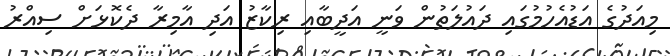
މިއަދުގެ އަޑުއެހުމުގައި ދައުލަތުން ވަނީ އަދީބާއި ރިކާޒު އަދި އާމިރާ ދެކޮޅަށް ސިއްރު